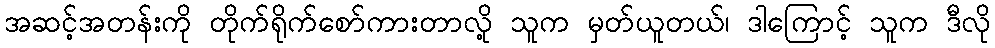
အဆင့်အတန်းကို တိုက်ရိုက်စော်ကားတာလို့ သူက မှတ်ယူတယ်၊ ဒါကြောင့် သူက ဒီလို